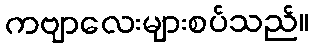
ကဗျာလေးများစပ်သည်။